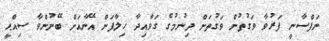
ނަފްސާނީ ފަރުވާ ވަގުތުން ވަގުތަށް ދިނުމުގެ ގަވާއިދާ ހިލާފަށް އޭނާއަށް ބޭނުންވާ ސިއްޙީ